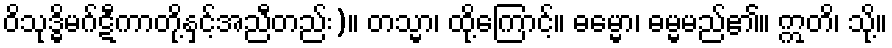
ဝိသုဒ္ဓိမဂ်ဋီကာတို့နှင့်အညီတည်း)။ တသ္မာ၊ ထို့ကြောင့်။ ဓမ္မော၊ ဓမ္မမည်၏။ ဣတိ၊ သို့။